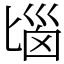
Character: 匘